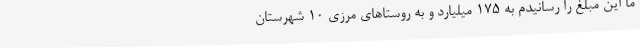
ما این مبلغ را رسانیدم به 175 میلیارد و به روستاهای مرزی 10 شهرستان